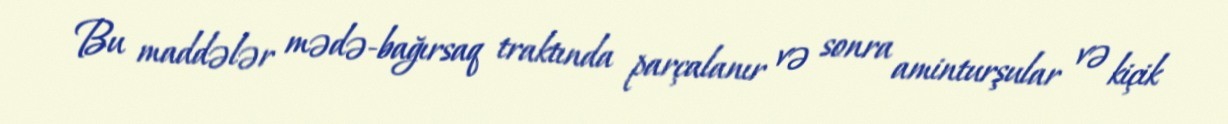
Bu maddələr mədə-bağırsaq traktında parçalanır və sonra aminturşular və kiçik